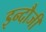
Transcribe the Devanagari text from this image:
इन्दौजी